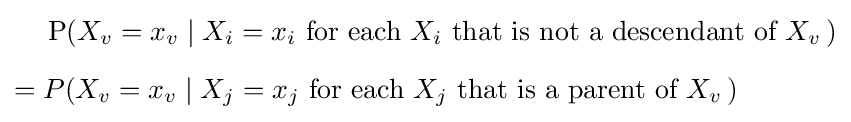
{\begin{aligned}&\operatorname {P} (X_{v}=x_{v}\mid X_{i}=x_{i}{\text{ for each }}X_{i}{\text{ that is not a descendant of }}X_{v}\,)\\[6pt]={}&P(X_{v}=x_{v}\mid X_{j}=x_{j}{\text{ for each }}X_{j}{\text{ that is a parent of }}X_{v}\,)\end{aligned}}